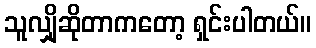
သူလျှိုဆိုတာကတော့ ရှင်းပါတယ်။